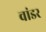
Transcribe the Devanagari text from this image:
वांडर